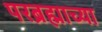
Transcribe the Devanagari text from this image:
परब्रह्माच्या